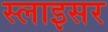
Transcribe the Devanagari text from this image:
स्लाइसर